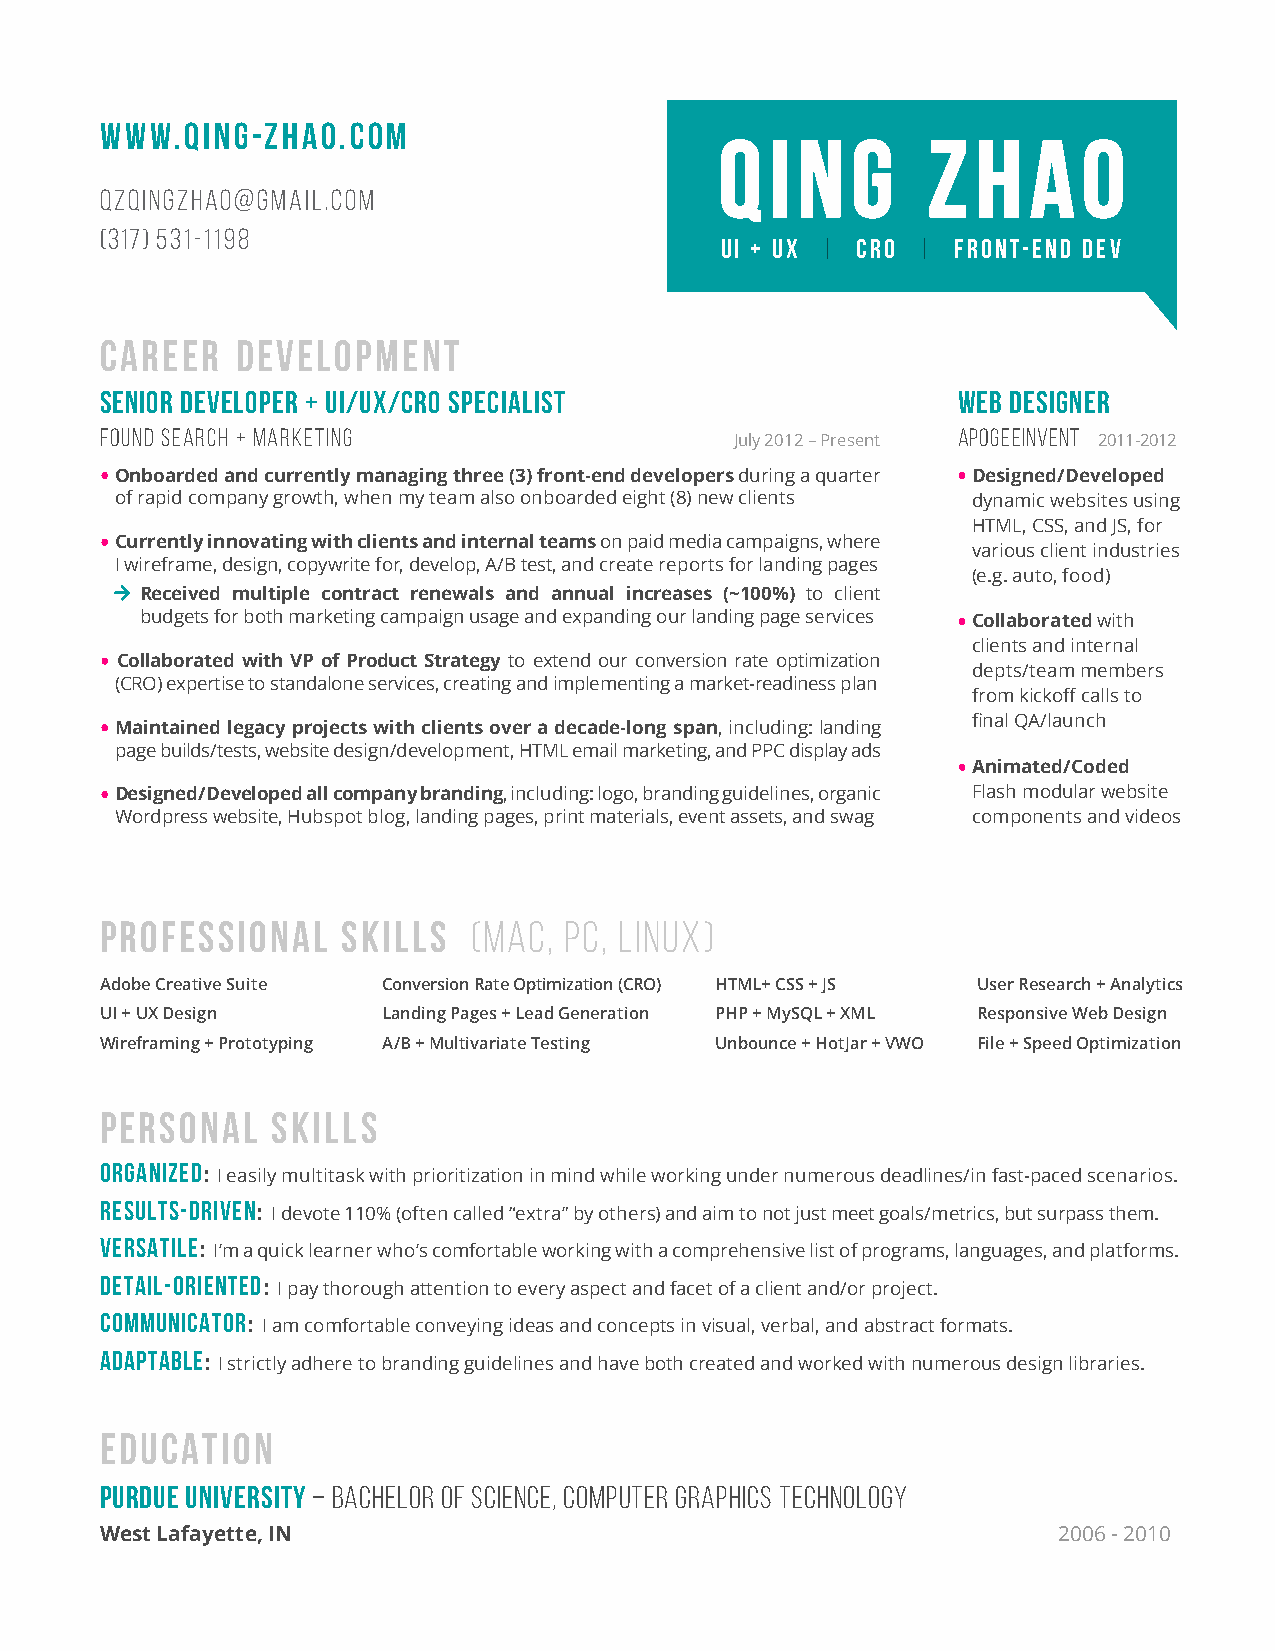
WWW.QING-ZHAO.COM
 QQ II NN GG  ZZ  HH AA  OO
 qzqingzhao@gmail.com
 (317) 531-1198
 UI + UX | CRO | FRONT-END DEV
 Career   Development
 SENIOR DEVELOPER + UI/UX/CRO SPECIALIST                 WEB DESIGNER
 Found Search + Marketing
 July 2012 – Present
 APOGEEINVent
 2011-2012
 •• Onboarded and currently managing three (3) front-end developers during a quarter •• Designed/Developed
 of rapid company growth, when my team also onboarded eight (8) new clients dynamic websites using
 HTML, CSS, and JS, for
 •• Currently innovating with clients and internal teams on paid media campaigns, where
 various client industries
 I wireframe, design, copywrite for, develop, A/B test, and create reports for landing pages
 (e.g. auto, food)
  Received multiple contract renewals and annual increases (~100%) to client
 budgets for both marketing campaign usage and expanding our landing page services •• Collaborated with
 clients and internal
 •• Collaborated with VP of Product Strategy to extend our conversion rate optimization
 depts/team members
 (CRO) expertise to standalone services, creating and implementing a market-readiness plan
 from kickoff calls to
 •• Maintained legacy projects with clients over a decade-long span, including: landing final QA/launch
 page builds/tests, website design/development, HTML email marketing, and PPC display ads
 •• Animated/Coded
 •• Designed/Developed all company branding, including: logo, branding guidelines, organic Flash modular website
 Wordpress website, Hubspot blog, landing pages, print materials, event assets, and swag components and videos
 PROFESSIONAL    Skills  (Mac, PC, Linux)
 Adobe Creative Suite Conversion Rate Optimization (CRO) HTML+ CSS + JS User Research + Analytics
 UI + UX Design    Landing Pages + Lead Generation PHP + MySQL + XML Responsive Web Design
 Wireframing + Prototyping A/B + Multivariate Testing Unbounce + HotJar + VWO File + Speed Optimization
 Personal   Skills
 ORGANIZED:
 I easily multitask with prioritization in mind while working under numerous deadlines/in fast-paced scenarios.
 RESULTS-DRIVEN:
 I devote 110% (often called “extra” by others) and aim to not just meet goals/metrics, but surpass them.
 VERSATILE:
 I’m a quick learner who’s comfortable working with a comprehensive list of programs, languages, and platforms.
 DETAIL-ORIENTED:
 I pay thorough attention to every aspect and facet of a client and/or project.
 COMMUNICATOR:
 I am comfortable conveying ideas and concepts in visual, verbal, and abstract formats.
 ADAPTABLE:
 I strictly adhere to branding guidelines and have both created and worked with numerous design libraries.
 Education
 PURDUE UNIVERSITY – BACHELOR OF SCIENCE, COMPUTER GRAPHICS TECHNOLOGY
 West Lafayette, IN                                             2006 - 2010